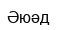
Әюәд